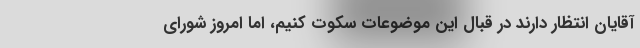
آقایان انتظار دارند در قبال این موضوعات سکوت کنیم، اما امروز شورای